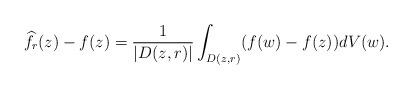
LaTeX: \begin{align*}\widehat{f}_r(z)-f(z)=\frac{1}{|D(z,r)|} \int_{D(z,r)} (f(w)-f(z)) dV(w).\end{align*}